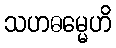
သဟဓမ္မေဟိ